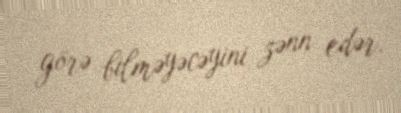
görə bilməyəcəyini zənn edər.